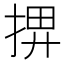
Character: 𢮅